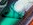
أقلت